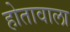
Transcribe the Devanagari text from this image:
होतावाला